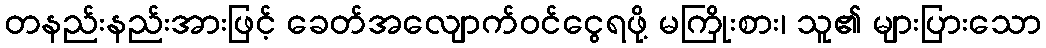
တနည်းနည်းအားဖြင့် ခေတ်အလျောက်ဝင်ငွေရဖို့ မကြိုးစား၊ သူ၏ များပြားသော